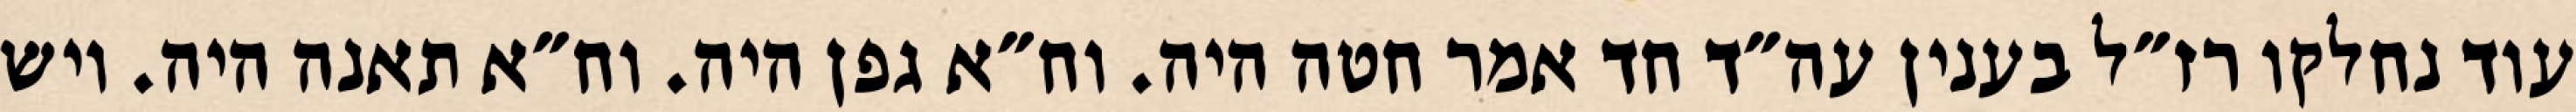
עוד נחלקו רז״ל בענין עה״ד חד אמר חטה היה. וח״א גפן היה. וח״א תאנה היה. ויש